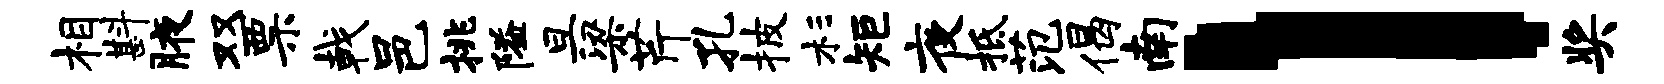
相斟腋双票戟邑挑隘旦梁芹孔披杉矩夜柢范偈南l奖